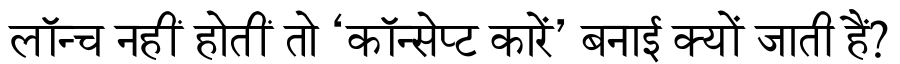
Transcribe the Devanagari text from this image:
लॉन्च नहीं होतीं तो ‘कॉन्सेप्ट कारें’ बनाई क्यों जाती हैं?